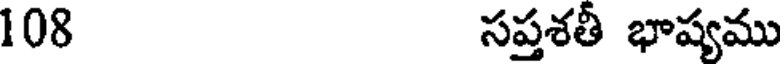
108 సప్తశతీ భాష్యము